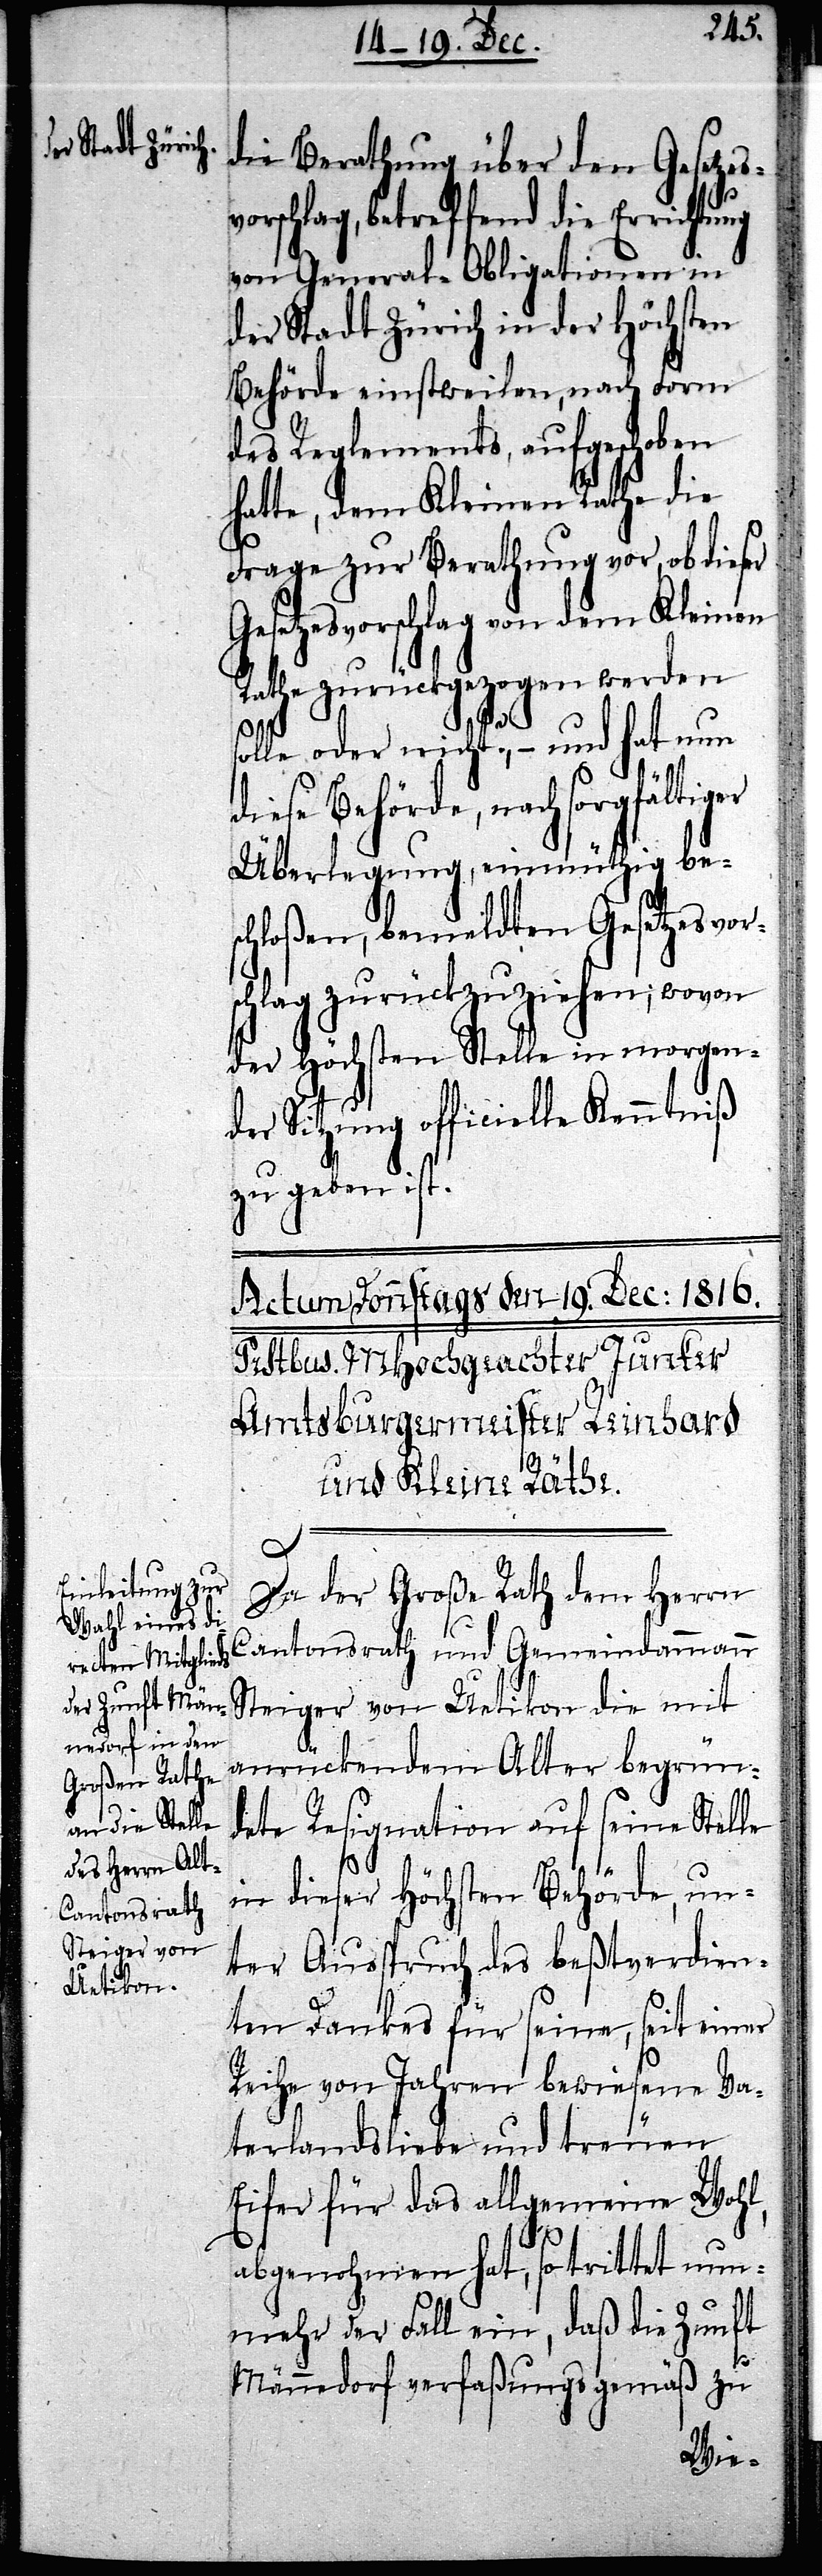
die Berathung über den Gesetzes¬
vorschlag, betreffend die Errichtung
von General-Obligationen in
der Stadt Zürich in der Höchsten
Behörde einstweilen, nach Form
des Reglements aufgeschoben
hatte, dem Kleinen Rathe die
Frage zur Berathung vor, ob dieser
Gesetzesvorschlag von dem Kleinen
Rathe zurückgezogen werden s¬
olle oder nicht?, – und hat nun
diese Behörde, nach sorgfältiger
Überlegung, einmüthig bes¬
chloßen, bemeldten Gesetzesvor¬
schlag zurückzuziehen; wovon
der Höchsten Stelle in morgen¬
der Sitzung officielle Kenntniß
zu geben ist.
Da der Große Rath dem Herrn
Cantonsrath und Gemeindammann
Steiger von Uetikon die mit
anrückendem Alter begrün¬
dete Resignation auf seine Stelle
in dieser Höchsten Behörde, un¬
ter Ausspruch des beßtverdien¬
ten Dankes für seine, seit einer
Reihe von Jahren bewiesene Va¬
terlandsliebe und treuen
Eifer für das allgemeine Wohl,
abgenohmen hat, so trittet nun¬
mehr der Fall ein, daß die Zunft
Männedorf verfaßungsgemäß zu